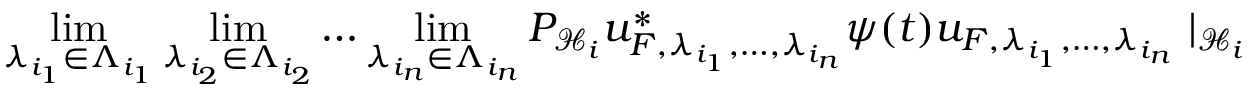
\operatorname* { l i m } _ { \lambda _ { i _ { 1 } } \in \Lambda _ { i _ { 1 } } } \operatorname* { l i m } _ { \lambda _ { i _ { 2 } } \in \Lambda _ { i _ { 2 } } } \ldots \operatorname* { l i m } _ { \lambda _ { i _ { n } } \in \Lambda _ { i _ { n } } } P _ { { \mathcal { H } } _ { i } } u _ { F , \lambda _ { i _ { 1 } } , \ldots , \lambda _ { i _ { n } } } ^ { * } \psi ( t ) u _ { F , \lambda _ { i _ { 1 } } , \ldots , \lambda _ { i _ { n } } } \mid _ { { \mathcal { H } } _ { i } }